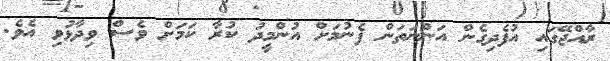
ރާއްޖޭގައި އުފެދިގެން އަންނަތަން ފެނުމަށް އުންމީދު ކުރާ ކަމަށް ވެސް ވިދާޅުވި އެވެ.